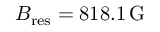
B _ { \mathrm { r e s } } = 8 1 8 . 1 \, \mathrm { G }